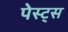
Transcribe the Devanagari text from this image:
पेस्ट्स